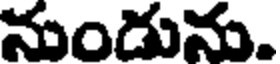
నుండును.